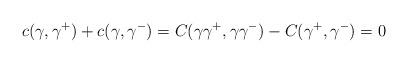
LaTeX: \begin{align*} c(\gamma,\gamma^+)+c(\gamma,\gamma^-)=C(\gamma \gamma^+,\gamma \gamma^{-})-C(\gamma^+,\gamma^-)=0\end{align*}